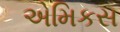
એમિકસ